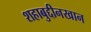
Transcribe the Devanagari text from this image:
शहाबुद्दीनखान